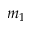
m _ { 1 }